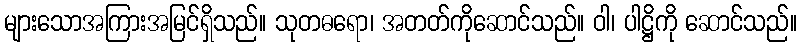
များသောအကြားအမြင်ရှိသည်။ သုတဓရော၊ အတတ်ကိုဆောင်သည်။ ဝါ၊ ပါဋ္ဌိကို ဆောင်သည်။